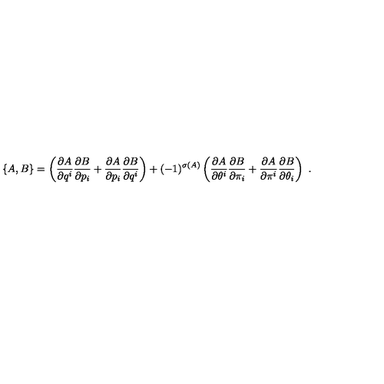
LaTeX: \left\{ A , B \right\} = \left( \frac { \partial A } { \partial q ^ { i } } \frac { \partial B } { \partial p _ { i } } + \frac { \partial A } { \partial p _ { i } } \frac { \partial B } { \partial q ^ { i } } \right) + ( - 1 ) ^ { \sigma ( A ) } \left( \frac { \partial A } { \partial \theta ^ { i } } \frac { \partial B } { \partial \pi _ { i } } + \frac { \partial A } { \partial \pi ^ { i } } \frac { \partial B } { \partial \theta _ { i } } \right) \ .